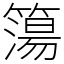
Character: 簜